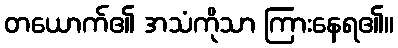
တယောက်၏ အသံကိုသာ ကြားနေရ၏။